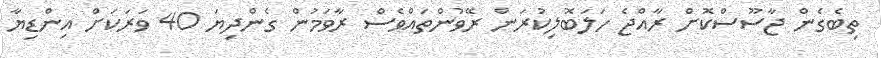
ތިބެގެން ޖާސޫސްކޮށް ރާއްޖެ ހަލަބޮލިކުރަން ރޭވުންތައްވެސް ރާވަމުން ގެންދިޔަ 40 ވަރަކަށް އިންޑިޔާ